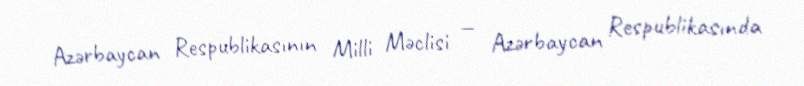
Azərbaycan Respublikasının Milli Məclisi — Azərbaycan Respublikasında